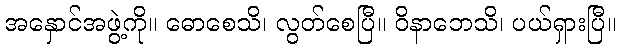
အနှောင်အဖွဲ့ကို။ ဓောစေသိ၊ လွတ်စေပြီ။ ဝိနာဘေသိ၊ ပယ်ရှားပြီ။